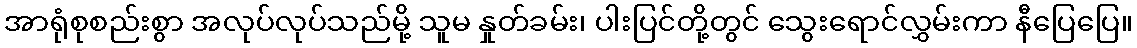
အာရုံစုစည်းစွာ အလုပ်လုပ်သည်မို့ သူမ နှုတ်ခမ်း၊ ပါးပြင်တို့တွင် သွေးရောင်လွှမ်းကာ နီပြေပြေ။